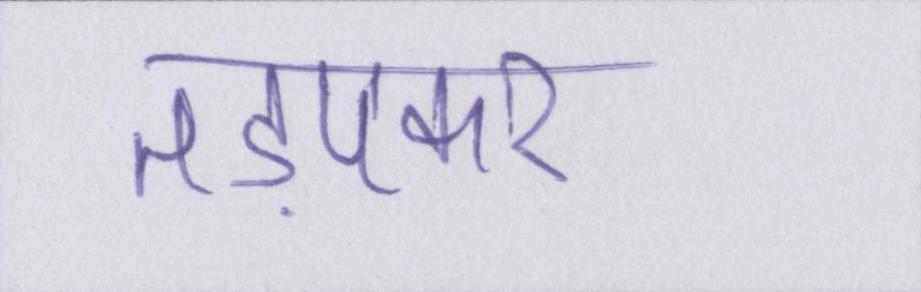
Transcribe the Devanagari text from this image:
तड़पकर